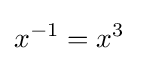
x^{-1}=x^{3}~